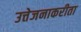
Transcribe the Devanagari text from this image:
उत्तेजनाकरीता